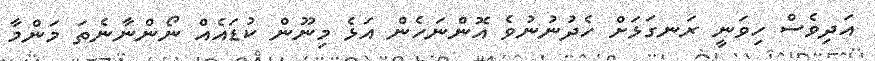
އަދިވެސް ހިވަނީ ރަނގަޅަށް ހެދުނުނުވެ އޮންނަހެން އަޅެ މިނޫން ކުޑައެއް ނޯންނާނެތަ މަންމާ